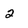
Character: 2